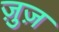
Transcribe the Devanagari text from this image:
ज़ुज़